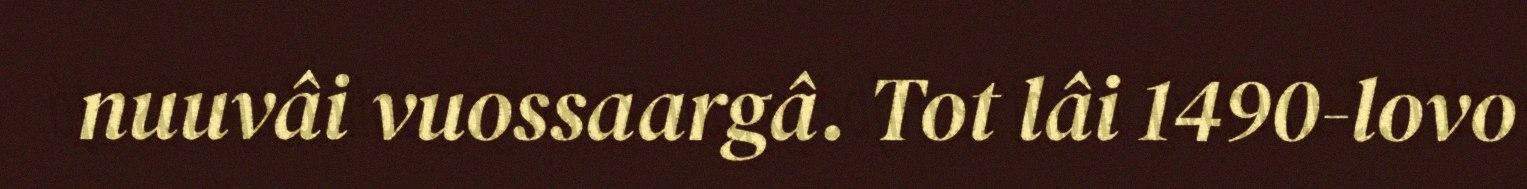
nuuvâi vuossaargâ. Tot lâi 1490-lovo